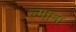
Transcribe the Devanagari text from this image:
ल्गाना